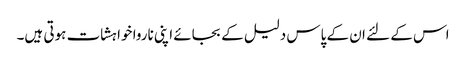
اس کے لئے ان کے پاس دلیل کے بجائے اپنی ناروا خواہشات ہوتی ہیں۔